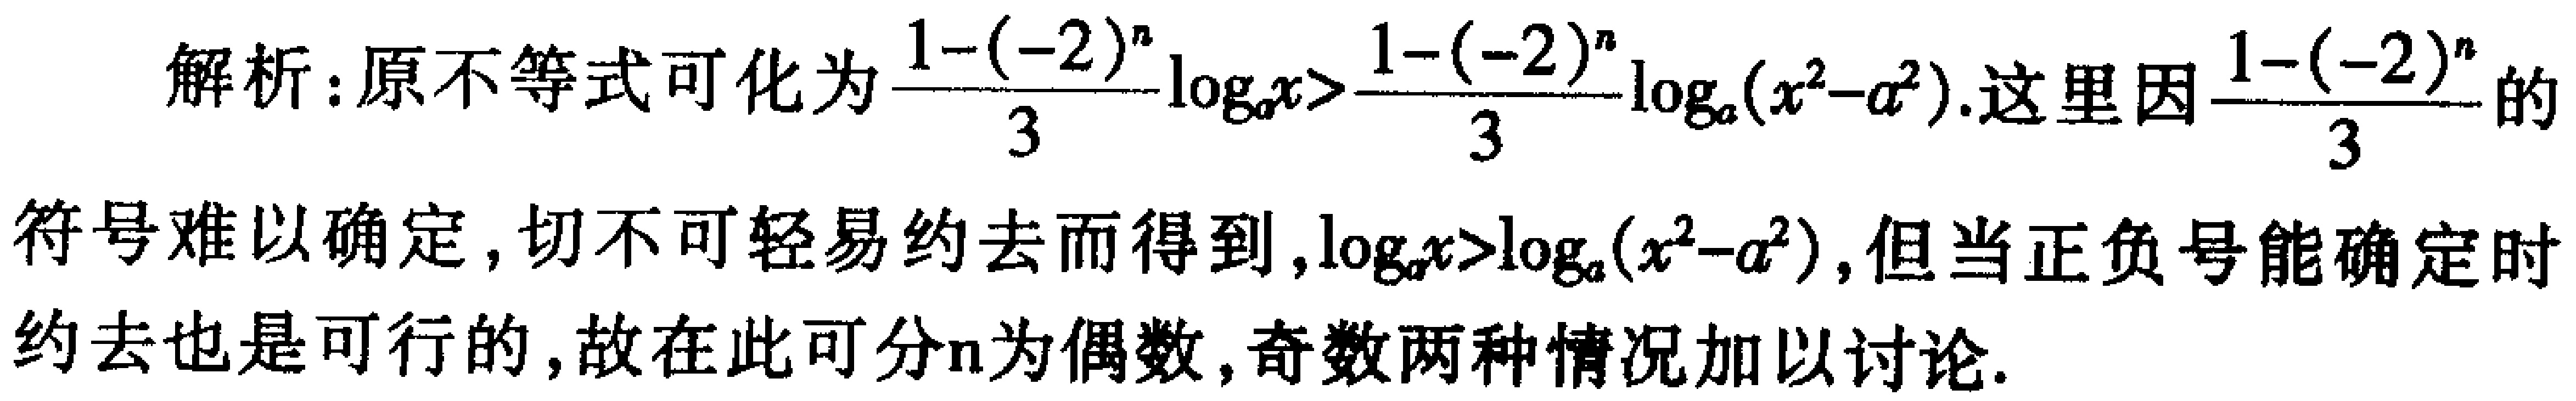
解析：原不等式可化为$\frac{1 - (-2)^n}{3}\log_{a}x > \frac{1 - (-2)^n}{3}\log_{a}(x^{2}-a^{2})$. 这里因$\frac{1 - (-2)^n}{3}$的符号难以确定，切不可轻易约去而得到，$\log_{a}x > \log_{a}(x^{2}-a^{2})$，但当正负号能确定时约去也是可行的，故在此可分$n$为偶数，奇数两种情况加以讨论.